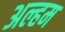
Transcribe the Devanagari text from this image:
अल्हम